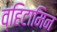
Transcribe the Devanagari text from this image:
व्हिटामिन